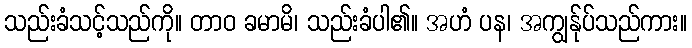
သည်းခံသင့်သည်ကို။ တာဝ ခမာမိ၊ သည်းခံပါ၏။ အဟံ ပန၊ အကျွန်ုပ်သည်ကား။